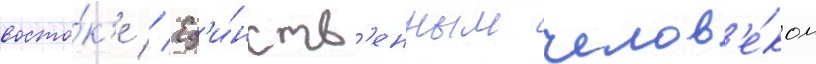
восто́к'е // Ед'и́нств'енным челов'е́ком